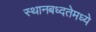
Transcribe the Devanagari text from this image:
स्थानबध्दतेमध्ये